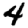
Digit: 4